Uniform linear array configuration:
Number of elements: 32
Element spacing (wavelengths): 0.25
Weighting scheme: exponential
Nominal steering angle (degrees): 0
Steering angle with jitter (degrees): -0.6688
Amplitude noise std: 0.05
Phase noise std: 0.05

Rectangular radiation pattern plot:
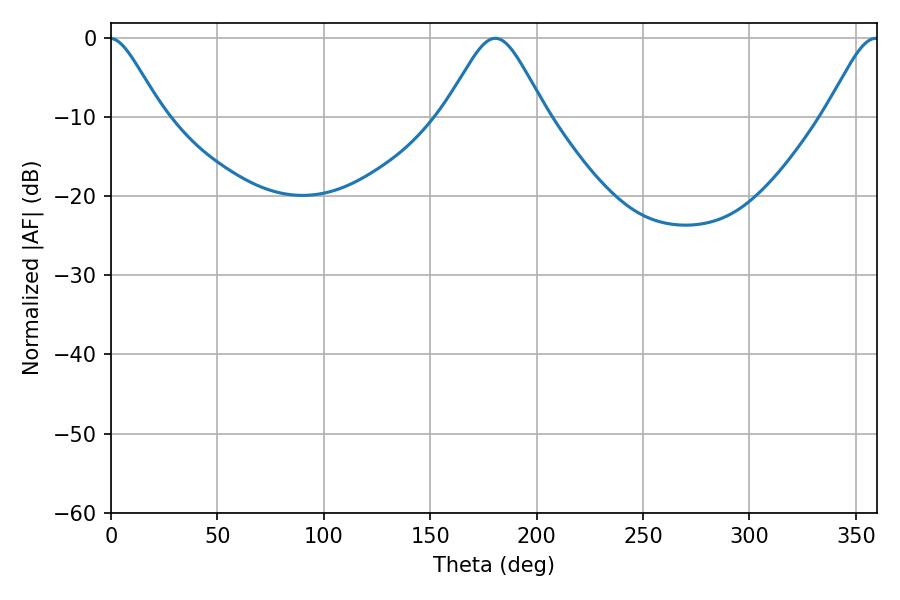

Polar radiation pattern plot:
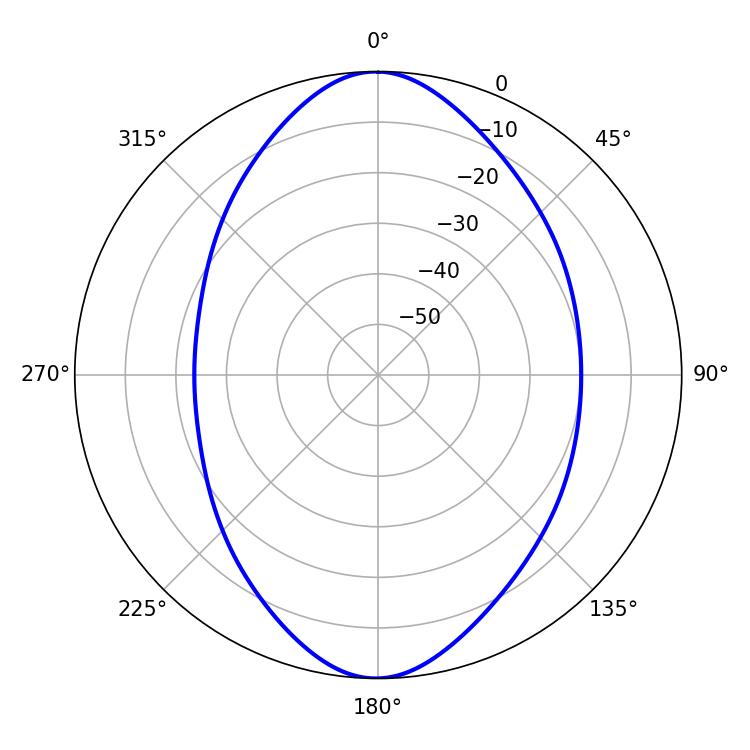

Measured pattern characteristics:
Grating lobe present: FALSE
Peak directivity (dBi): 22.429
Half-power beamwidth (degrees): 23.4
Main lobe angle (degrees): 180.54